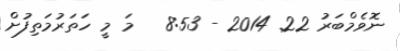
ނޮވެމްބަރު 22